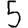
Digit: 5